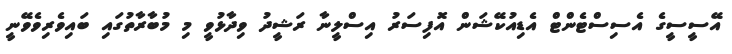
އޭސީސީގެ އެސިސްޓެންޓް އެޑިއުކޭޝަން އޮފިސަރު އިސްލީނާ ރަޝީދު ވިދާޅުވީ މި މުބާރާތުގައި ބައިވެރިވެވޭނީ